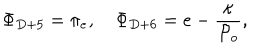
\Phi _ { D + 5 } = \pi _ { e } , \quad \Phi _ { D + 6 } = e - \frac { \kappa } { { \cal P } _ { o } } ,